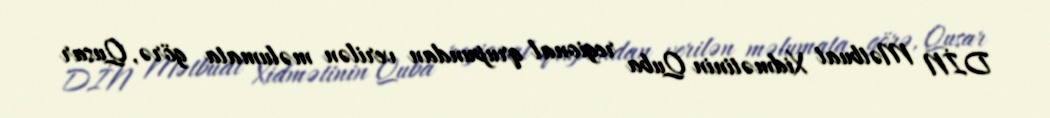
DİN Mətbuat Xidmətinin Quba regional qrupundan verilən məlumata görə, Qusar